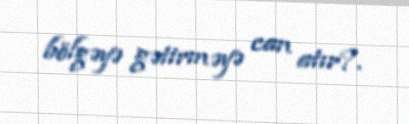
bölgəyə gətirməyə can atır?.